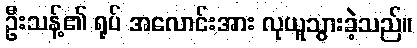
ဦးသန့်၏ ရုပ် အလောင်းအား လုယူသွားခဲ့သည်။